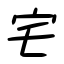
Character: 宅